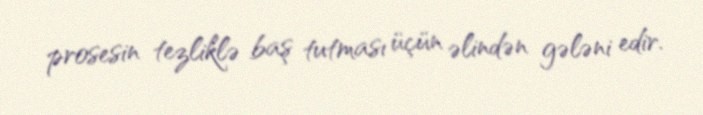
prosesin tezliklə baş tutması üçün əlindən gələni edir.